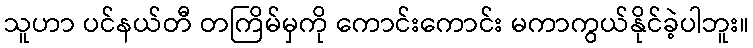
သူဟာ ပင်နယ်တီ တကြိမ်မှကို ကောင်းကောင်း မကာကွယ်နိုင်ခဲ့ပါဘူး။